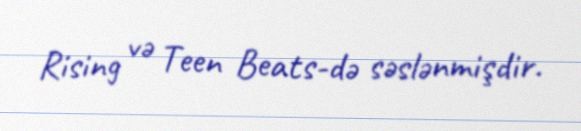
Rising və Teen Beats-də səslənmişdir.